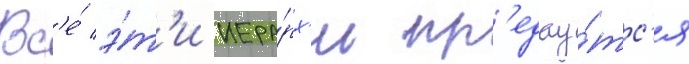
Вс'е́ э́т'и иера́рх'и пр'едау́тс'я